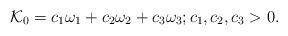
LaTeX: \begin{align*} \mathcal K_0={c_1\omega_1+c_2\omega_2+c_3\omega_3;c_1,c_2,c_3>0}. \end{align*}